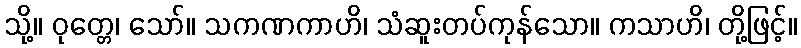
သို့။ ဝုတ္တေ၊ သော်။ သကဏကာဟိ၊ သံဆူးတပ်ကုန်သော။ ကသာဟိ၊ တို့ဖြင့်။